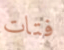
فتات